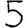
Digit: 5